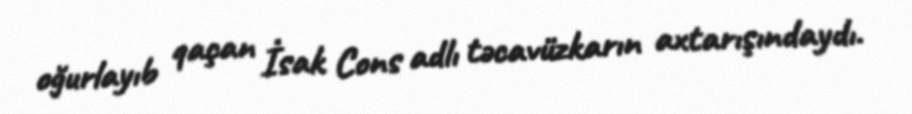
oğurlayıb qaçan İsak Cons adlı təcavüzkarın axtarışındaydı.